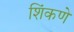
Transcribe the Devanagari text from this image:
शिंकणे